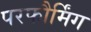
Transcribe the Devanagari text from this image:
परफौर्मिंग